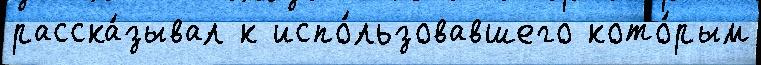
расска́зывал к испо́льзовавшего кото́рым